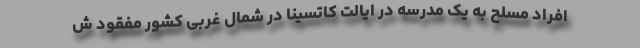
افراد مسلح به یک مدرسه در ایالت کاتسینا در شمال غربی کشور مفقود ش